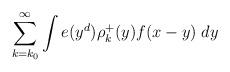
LaTeX: \begin{align*} \sum_{k = k_0} ^{\infty } \int e (y ^{d}) \rho ^{+}_k (y) f (x-y) \; dy \end{align*}